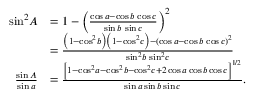
{ \begin{array} { r l } { \sin ^ { 2 } \! A } & { = 1 - \left( { \frac { \cos a - \cos b \, \cos c } { \sin b \, \sin c } } \right) ^ { 2 } } \\ & { = { \frac { \left( 1 - \cos ^ { 2 } \! b \right) \left( 1 - \cos ^ { 2 } \! c \right) - \left( \cos a - \cos b \, \cos c \right) ^ { 2 } } { \sin ^ { 2 } \! b \, \sin ^ { 2 } \! c } } } \\ { { \frac { \sin A } { \sin a } } } & { = { \frac { \left[ 1 - \cos ^ { 2 } \! a - \cos ^ { 2 } \! b - \cos ^ { 2 } \! c + 2 \cos a \cos b \cos c \right] ^ { 1 / 2 } } { \sin a \sin b \sin c } } . } \end{array} }